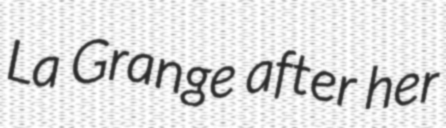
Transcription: La Grange after her